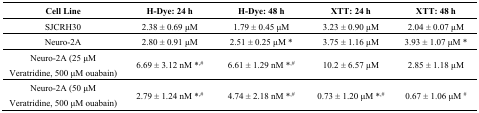
<table><thead><tr><td><b>Cell Line</b></td><td><b>H-Dye: 24 h</b></td><td><b>H-Dye: 48 h</b></td><td><b>XTT: 24 h</b></td><td><b>XTT: 48 h</b></td></tr></thead><tbody><tr><td>SJCRH30</td><td>2.38 ± 0.69 μM</td><td>1.79 ± 0.45 μM</td><td>3.23 ± 0.90 μM</td><td>2.04 ± 0.07 μM</td></tr><tr><td>Neuro-2A</td><td>2.80 ± 0.91 μM</td><td>2.51 ± 0.25 μM *</td><td>3.75 ± 1.16 μM</td><td>3.93 ± 1.07 μM *</td></tr><tr><td>Neuro-2A (25 μM Veratridine, 500 μM ouabain)</td><td>6.69 ± 3.12 nM *<sup>,#</sup></td><td>6.61 ± 1.29 nM *<sup>,#</sup></td><td>10.2 ± 6.57 μM</td><td>2.85 ± 1.18 μM</td></tr><tr><td>Neuro-2A (50 μM Veratridine, 500 μM ouabain)</td><td>2.79 ± 1.24 nM *<sup>,#</sup></td><td>4.74 ± 2.18 nM *<sup>,#</sup></td><td>0.73 ± 1.20 μM *<sup>,#</sup></td><td>0.67 ± 1.06 μM <sup>#</sup></td></tr></tbody></table>